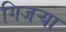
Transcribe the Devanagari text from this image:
गिजऱ्या